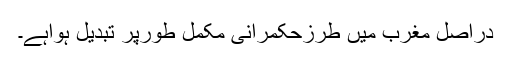
دراصل مغرب میں طرزِحکمرانی مکمل طورپر تبدیل ہواہے۔